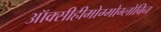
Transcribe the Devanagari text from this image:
ऑक्सीहीमोग्मोग्लोबिन